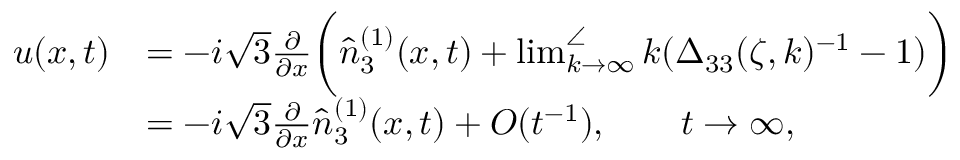
\begin{array} { r l } { u ( x , t ) } & { = - i \sqrt { 3 } \frac { \partial } { \partial x } \bigg ( \hat { n } _ { 3 } ^ { ( 1 ) } ( x , t ) + \operatorname* { l i m } _ { k \to \infty } ^ { \angle } k ( \Delta _ { 3 3 } ( \zeta , k ) ^ { - 1 } - 1 ) \bigg ) } \\ & { = - i \sqrt { 3 } \frac { \partial } { \partial x } \hat { n } _ { 3 } ^ { ( 1 ) } ( x , t ) + O ( t ^ { - 1 } ) , \qquad t \to \infty , } \end{array}